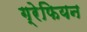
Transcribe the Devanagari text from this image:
ग्रेफियन